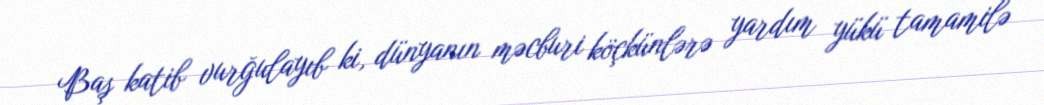
Baş katib vurğulayıb ki, dünyanın məcburi köçkünlərə yardım yükü tamamilə